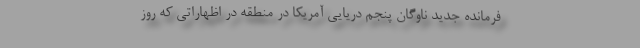
فرمانده جدید ناوگان پنجم دریایی آمریکا در منطقه در اظهاراتی که روز